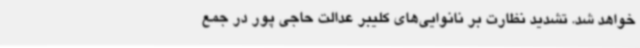
خواهد شد. تشدید نظارت بر نانوایی‌های کلیبر عدالت حاجی پور در جمع